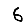
Digit: 6